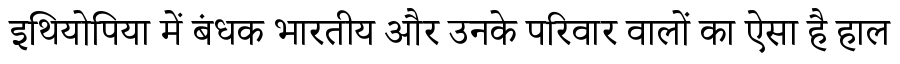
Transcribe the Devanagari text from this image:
इथियोपिया में बंधक भारतीय और उनके परिवार वालों का ऐसा है हाल